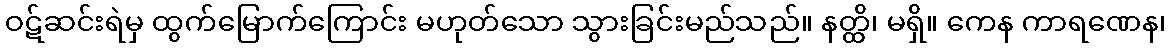
ဝဋ်ဆင်းရဲမှ ထွက်မြောက်ကြောင်း မဟုတ်သော သွားခြင်းမည်သည်။ နတ္ထိ၊ မရှိ။ ကေန ကာရဏေန၊